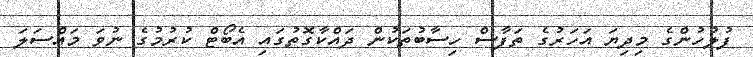
ފުލުހުންގެ މިދިޔަ އަހަރުގެ ތަފާސް ހިސާބުތަކުން ދައްކާގޮތުގައި އެބޯޓް ކުރުމުގެ ނުވަ މައްސަލަ